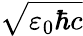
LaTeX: \sqrt{\varepsilon_{0}\hbar c}